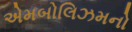
એમબોલિઝમનો